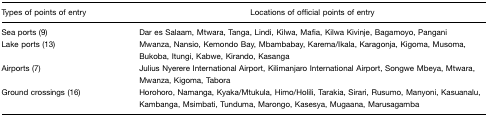
| Types of points of entry | Locations of official points of entry |
 | --- | --- |
 | Sea ports (9) | Dar es Salaam, Mtwara, Tanga, Lindi, Kilwa, Mafia, Kilwa Kivinje, Bagamoyo, Pangani |
 | Lake ports (13) | Mwanza, Nansio, Kemondo Bay, Mbambabay, Karema/Ikala, Karagonja, Kigoma, Musoma, Bukoba, Itungi, Kabwe, Kirando, Kasanga |
 | Airports (7) | Julius Nyerere International Airport, Kilimanjaro International Airport, Songwe Mbeya, Mtwara, Mwanza, Kigoma, Tabora |
 | Ground crossings (16) | Horohoro, Namanga, Kyaka/Mtukula, Himo/Holili, Tarakia, Sirari, Rusumo, Manyoni, Kasuanalu, Kambanga, Msimbati, Tunduma, Marongo, Kasesya, Mugaana, Marusagamba |